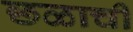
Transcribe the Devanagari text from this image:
छळाची